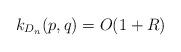
LaTeX: \begin{align*}k_{D_n}(p,q)=O(1+R)\end{align*}